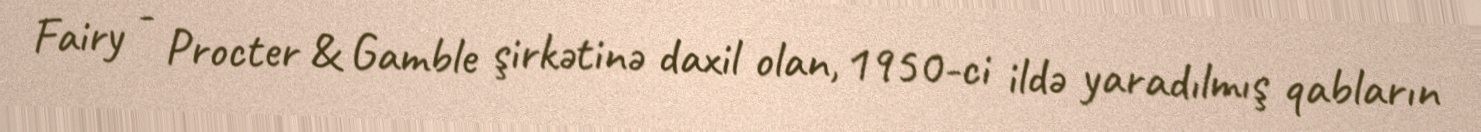
Fairy - Procter & Gamble şirkətinə daxil olan, 1950-ci ildə yaradılmış qabların